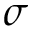
\sigma